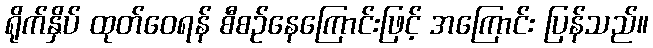
ရိုက်နှိပ် ထုတ်ဝေရန် စီစဉ်နေကြောင်းဖြင့် အကြောင်း ပြန်သည်။